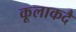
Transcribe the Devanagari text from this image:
कूलाकदै